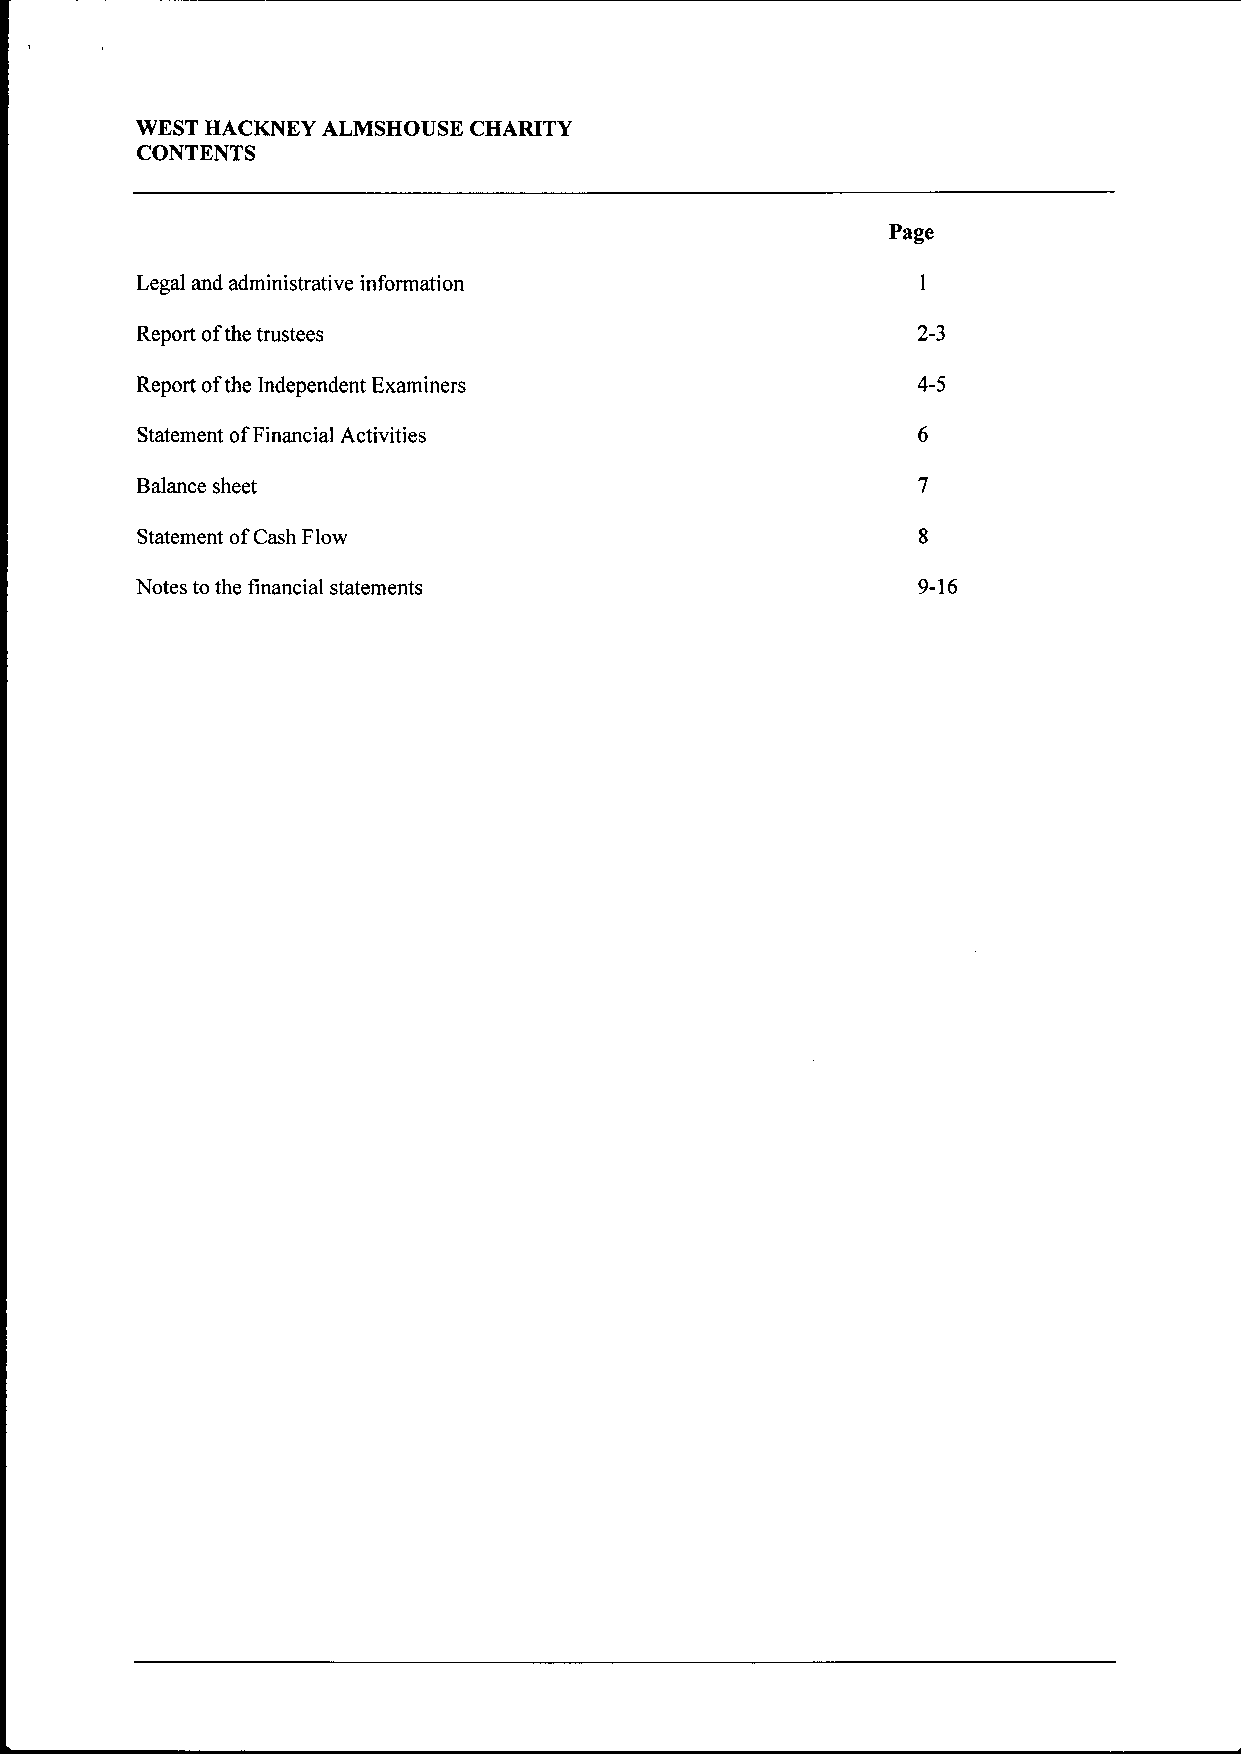
WEST HACKNEY ALMSHOUSE CHARITY
 CONTENTS
 Page
 Legal and administrative information
 Report ofthe trustees                               2-3
 Report ofthe Independent Examiners                  4-5
 Statement ofFinancial Activities
 Balance sheet
 Statement ofCash Flow
 Notes to the financial statements                   9-16